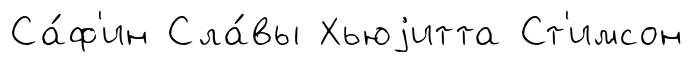
Са́ф'ин Сла́вы Хьюjитта Ст'имсон